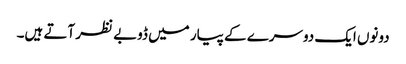
دونوں ایک دوسرے کے پیار میں ڈوبے نظر آتے ہیں۔